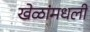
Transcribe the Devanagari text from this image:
खेळांमधली